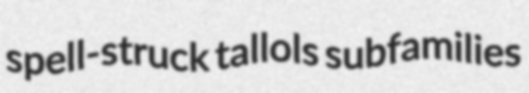
spell-struck tallols subfamilies